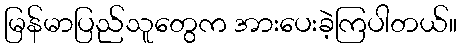
မြန်မာပြည်သူတွေက အားပေးခဲ့ကြပါတယ်။